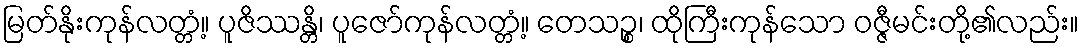
မြတ်နိုးကုန်လတ္တံ့။ ပူဇိဿန္တိ၊ ပူဇော်ကုန်လတ္တံ့။ တေသဉ္စ၊ ထိုကြီးကုန်သော ဝဇ္ဇီမင်းတို့၏လည်း။